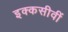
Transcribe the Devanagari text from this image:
इक्कसीवीं